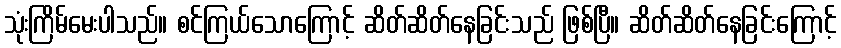
သုံးကြိမ်မေးပါသည်။ စင်ကြယ်သောကြောင့် ဆိတ်ဆိတ်နေခြင်းသည် ဖြစ်ပြီ။ ဆိတ်ဆိတ်နေခြင်းကြောင့်